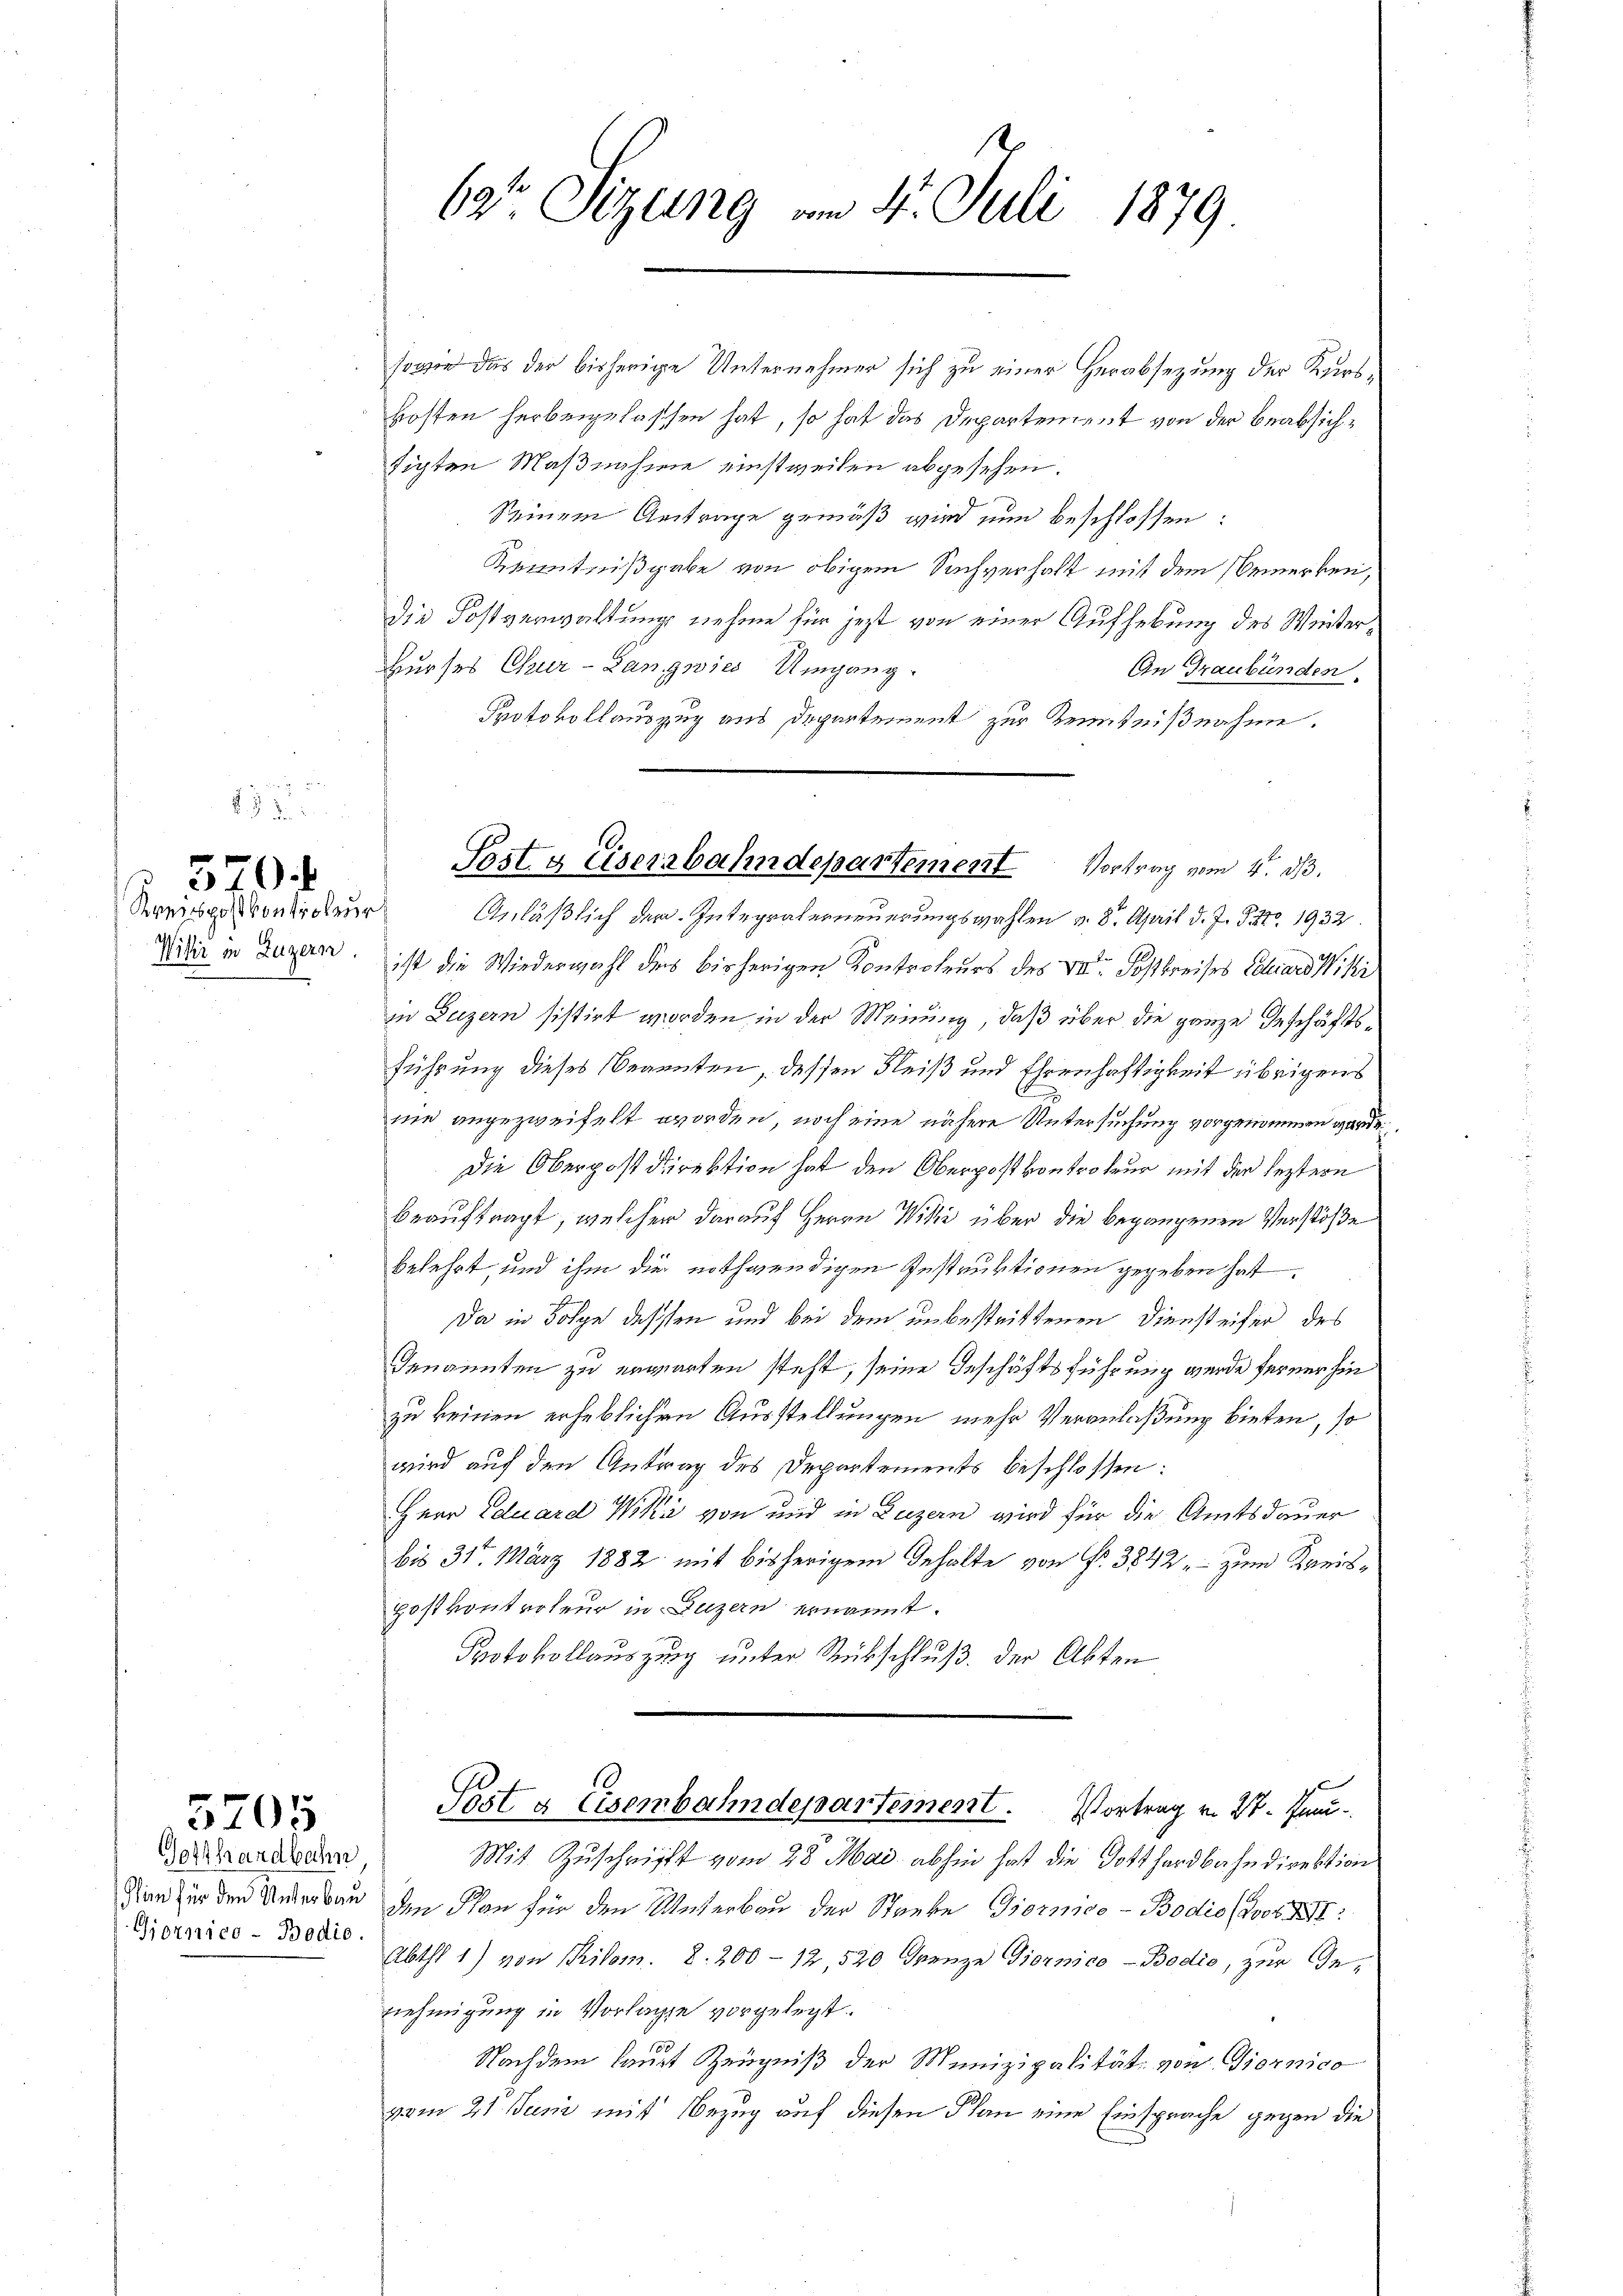
Wiki in Luzern

570 f.

Gotthardbahn
lin für den Unterbau
Giornico - Bedio.

5705

6t Sitzung am 4. Juli 1879

sowie das der bisherige Unternehmer sich zu einer Herabsetzung der Kurskosten herbeigelassen hat, so hat das Departement von der beabsichtigten Maßnahme einstweilen abgesehen.
Seinem Antrage gemäß wird nun beschlossen:
Kenntnißgabe von obigem Sachverhalt mit dem Bemerken,
die Kostverwaltung nehme für jezt von einer Aufhebung des Winter¬
Hurses Chur-Langwies Umgang.
An Graubünden.
Protokollauszug aus Departement zur Kenntnißnahme.
Strices ontreter Anläßlich dem Integraterneuerungswahlen v. 8. April d. J. Pato. 1932.
ist die Wiederwahl des bisherigen Kontroleurs des Dr. Fiskreises Eduard Wiki
in Luzern sistirt worden in der Meinung, daß über die ganze Geschäftsführung dieses Beanten, dessen Fleiß und Ehrenhaftigkeit übrigens
nie angezweifelt worden, noch eine nähere Untersuchung vorgenommen werden,
Die Oberpostdirektion hat den Oberpostkontroleur mit der leztern
beauftragt, welcher darauf Herrn Witti über die begangenen Verstöße
belehrt, und ihm die nothwendigen Instruktionen gegeben hat.
Da in Folge dessen und bei dem unbestrittenen Diensteifer des
Genannten zu erwarten steht, seine Geschäftsführung werde ferner hin
zu keinen erheblichen Ausstellungen mehr Veranlaßung bieten, so
wird auf den Antrag des Departements beschlossen:
Herr Eduard Wika von und in Luzern wird für die Amtsdauer
bis 31t März 1882 mit bisherigem Gehalte von Fr. 3842, zum Kreispostkontroleur in Luzern ernannt.
Protokollauszung unter Rückschluß der Akten
Saat & Eisenbahndepartement. Vortrag v. 27. Juni
Mit Zuschrift vom 28. Mai abhin hat die Gotthardbahndirektion
den Plan für den Unterbau der Streke Giornico -Bodio (Post. XII:
Abth. 1) von Philom. 8. 200 - 12, 520 Grenze Giornico -Bodio, zur Ge-
nehmigung in Vorlage vorgelegt.
Nachdem laut Zeugniß der Munizipalität von Giornico
vom 21. Juni mit Bezug auf diesen Plan eine Einsprache gegen die

Post & Eiserbahndepartement Vortrag vom 4. d.